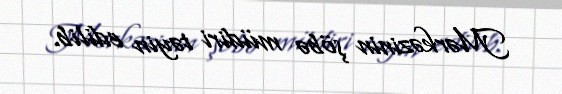
Mərkəzinin şöbə müdiri təyin edilib.